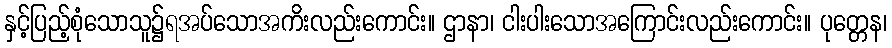
နှင့်ပြည့်စုံသောသူ၌ရအပ်သောအကိးလည်းကောင်း။ ဌာနာ၊ ငါးပါးသောအကြောင်းလည်းကောင်း။ ပုတ္တေန၊